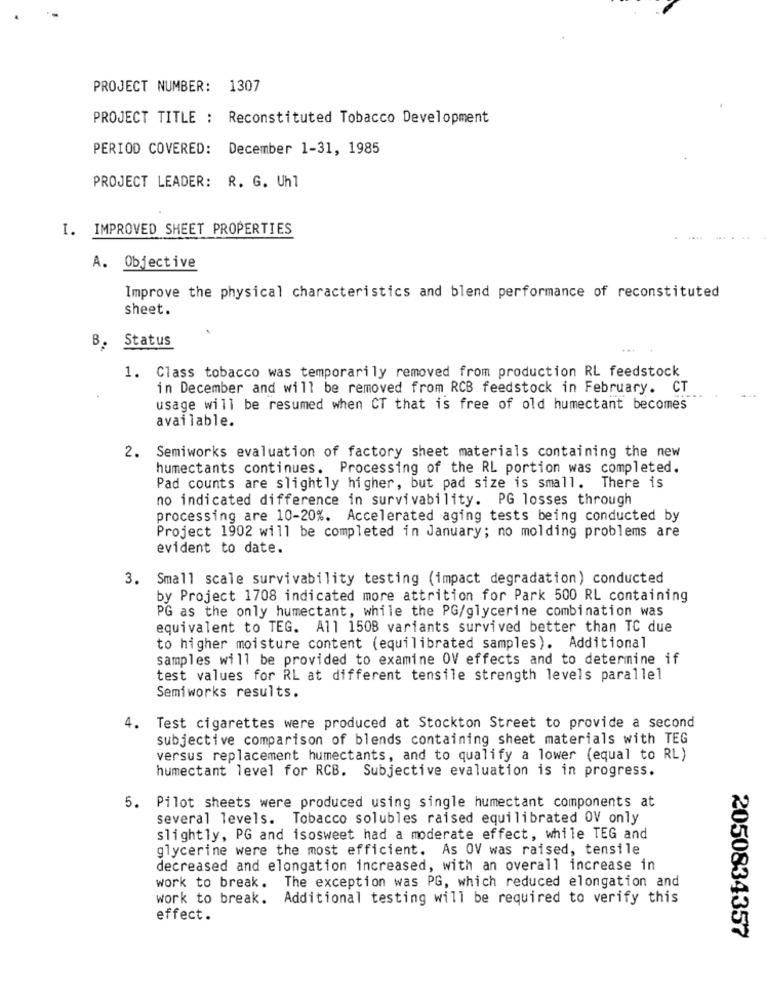
PROJECT NUMBER: 1307
PROJECT TITLE : Reconstituted Tobacco Development
PERIOD COVERED: December 1-31, 1985
PROJECT LEADER: R. G. Uhl
I. IMPROVED SHEET PROPERTIES
A. Objective
Improve the physical characteristics and blend performance of reconstituted
sheet.
B. Status
1. Class tobacco was temporarily removed from production RL feedstock
in December and will be removed from RCB feedstock in February. CT
usage will be resumed when CT that is free of old humectant becomes
available.
2. Semiworks evaluation of factory sheet materials containing the new
humectants continues. Processing of the RL portion was completed.
Pad counts are slightly higher, but pad size is small. There is
no indicated difference in survivability. PG losses through
processing are 10-20%. Accelerated aging tests being conducted by
Project 1902 will be completed in January; no molding problems are
evident to date.
3. Small scale survivability testing (impact degradation) conducted
by Project 1708 indicated more attrition for Park 500 RL containing
PG as the only humectant, while the PG/glycerine combination was
equivalent to TEG. A11 1508 variants survived better than TC due
to higher moisture content (equilibrated samples). Additional
samples will be provided to examine OV effects and to determine if
test values for RL at different tensile strength levels parallel
Semiworks results.
4. Test cigarettes were produced at Stockton Street to provide a second
subjective comparison of blends containing sheet materials with TEG
versus replacement humectants, and to qualify a lower (equal to RL)
humectant level for RCB. Subjective evaluation is in progress.
5. Pilot sheets were produced using single humectant components at
several levels. Tobacco solubles raised equilibrated OV only
slightly, PG and isosweet had a moderate effect, while TEG and
glycerine were the most efficient. As OV was raised, tensile
decreased and elongation increased, with an overall increase in
work to break. The exception was PG, which reduced elongation and
work to break. Additional testing will be required to verify this
effect.
2050834357